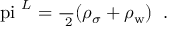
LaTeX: \mathrm { \boldmath ~ \ p i ~ } ^ { L } = \frac { \bf \nabla \mathrm { } } { \bf \nabla \mathrm { ^ 2 } } ( \rho _ { \sigma } + \rho _ { \mathrm { w } } ) \; \; .